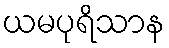
ယမပုရိသာန